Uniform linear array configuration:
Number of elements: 32
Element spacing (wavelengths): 0.5
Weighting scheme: blackman
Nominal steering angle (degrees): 15
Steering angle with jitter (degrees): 13.732
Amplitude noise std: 0.05
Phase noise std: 0.05

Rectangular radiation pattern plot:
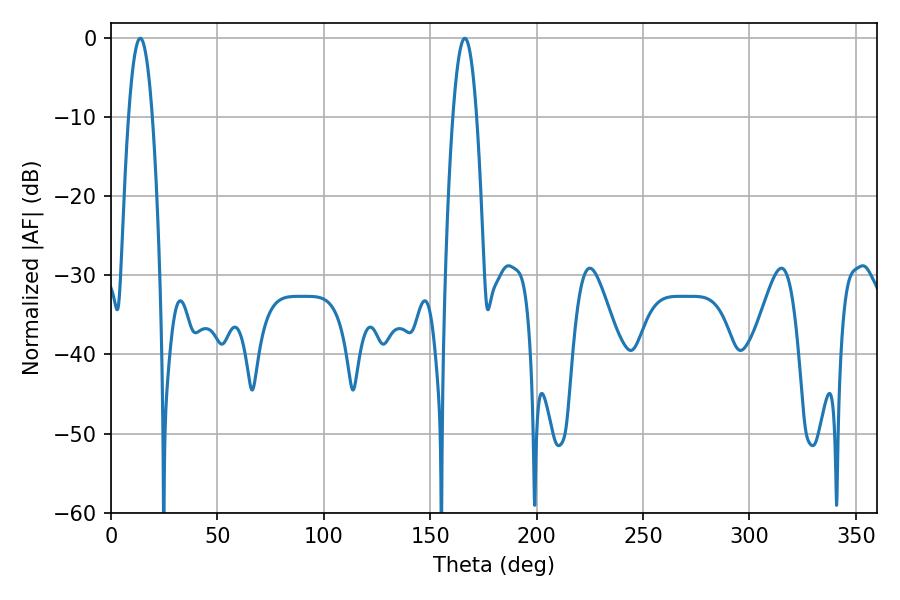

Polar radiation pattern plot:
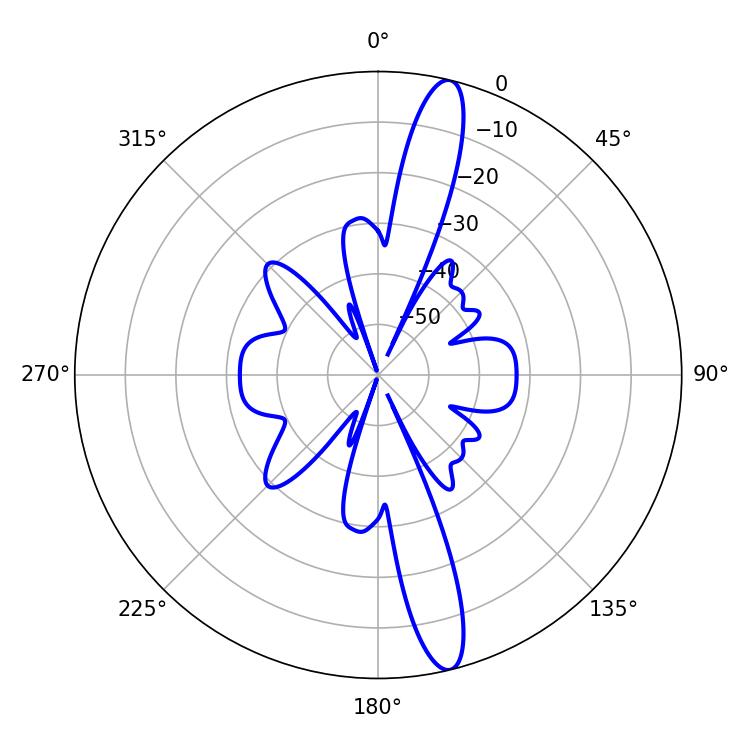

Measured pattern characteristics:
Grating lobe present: FALSE
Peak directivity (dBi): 15.625
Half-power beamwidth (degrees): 6.12
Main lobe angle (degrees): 13.68